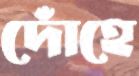
দোঁহে